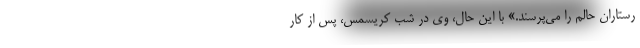
رستاران حالم را می‌پرسند.» با این حال، وی در شب کریسمس، پس از کار